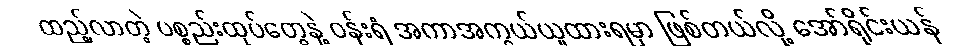
ထည့်လာတဲ့ ပစ္စည်းထုပ်တွေနဲ့ ဝန်းရံ အကာအကွယ်ယူထားရမှာ ဖြစ်တယ်လို့ အော်ရိုင်းယန်